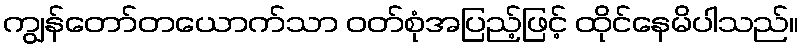
ကျွန်တော်တယောက်သာ ဝတ်စုံအပြည့်ဖြင့် ထိုင်နေမိပါသည်။